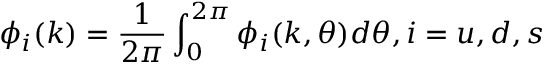
\phi _ { i } ( k ) = \frac { 1 } { 2 \pi } \int _ { 0 } ^ { 2 \pi } \phi _ { i } ( k , \theta ) d \theta , i = u , d , s